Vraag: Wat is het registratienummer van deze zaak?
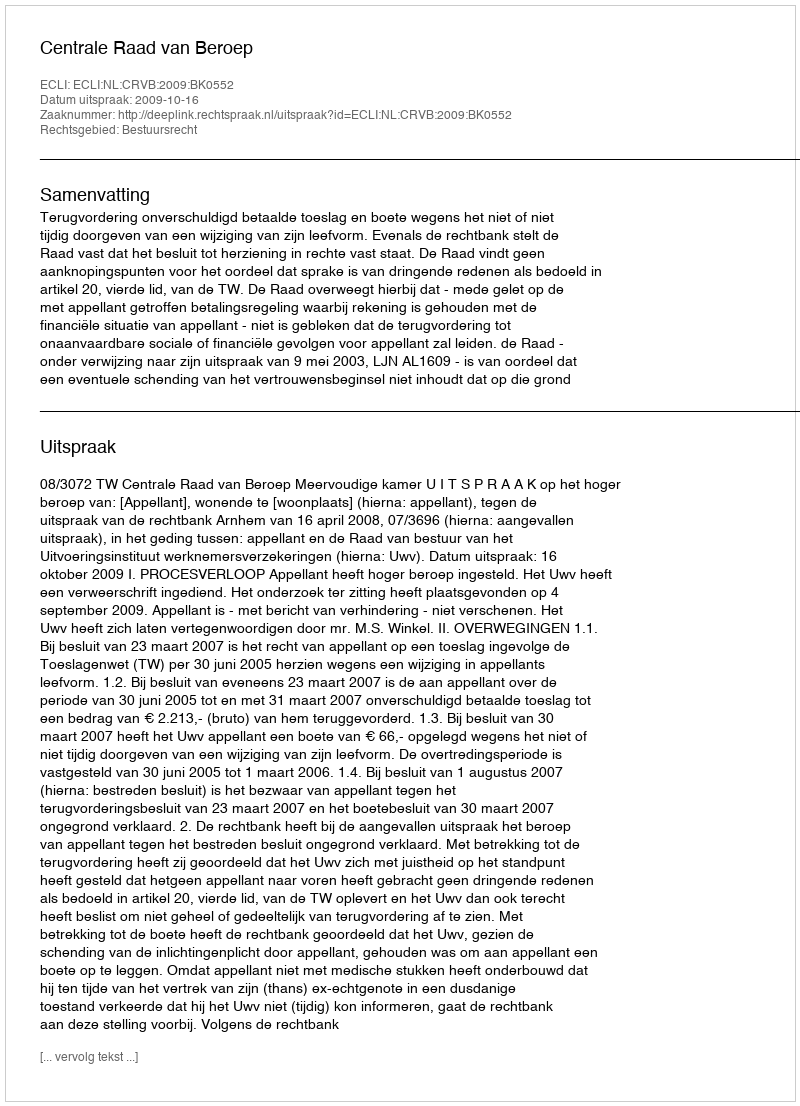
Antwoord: http://deeplink.rechtspraak.nl/uitspraak?id=ECLI:NL:CRVB:2009:BK0552